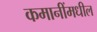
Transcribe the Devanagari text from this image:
कमानींमधील